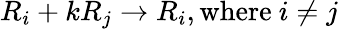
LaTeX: R_{i}+kR_{j}\rightarrow R_{i},{\mathrm{where~}}i\neq j